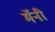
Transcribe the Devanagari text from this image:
मॅनी